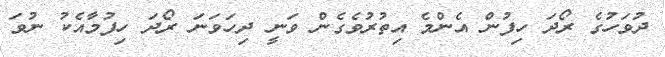
ދުވަހުގެ ރޯދަ ހިފުން އެންމެ އިތުރުވެގެން ވަނީ ދިހަވަނަ ރޯދަ ހިފުމާއެކު ނުވަ